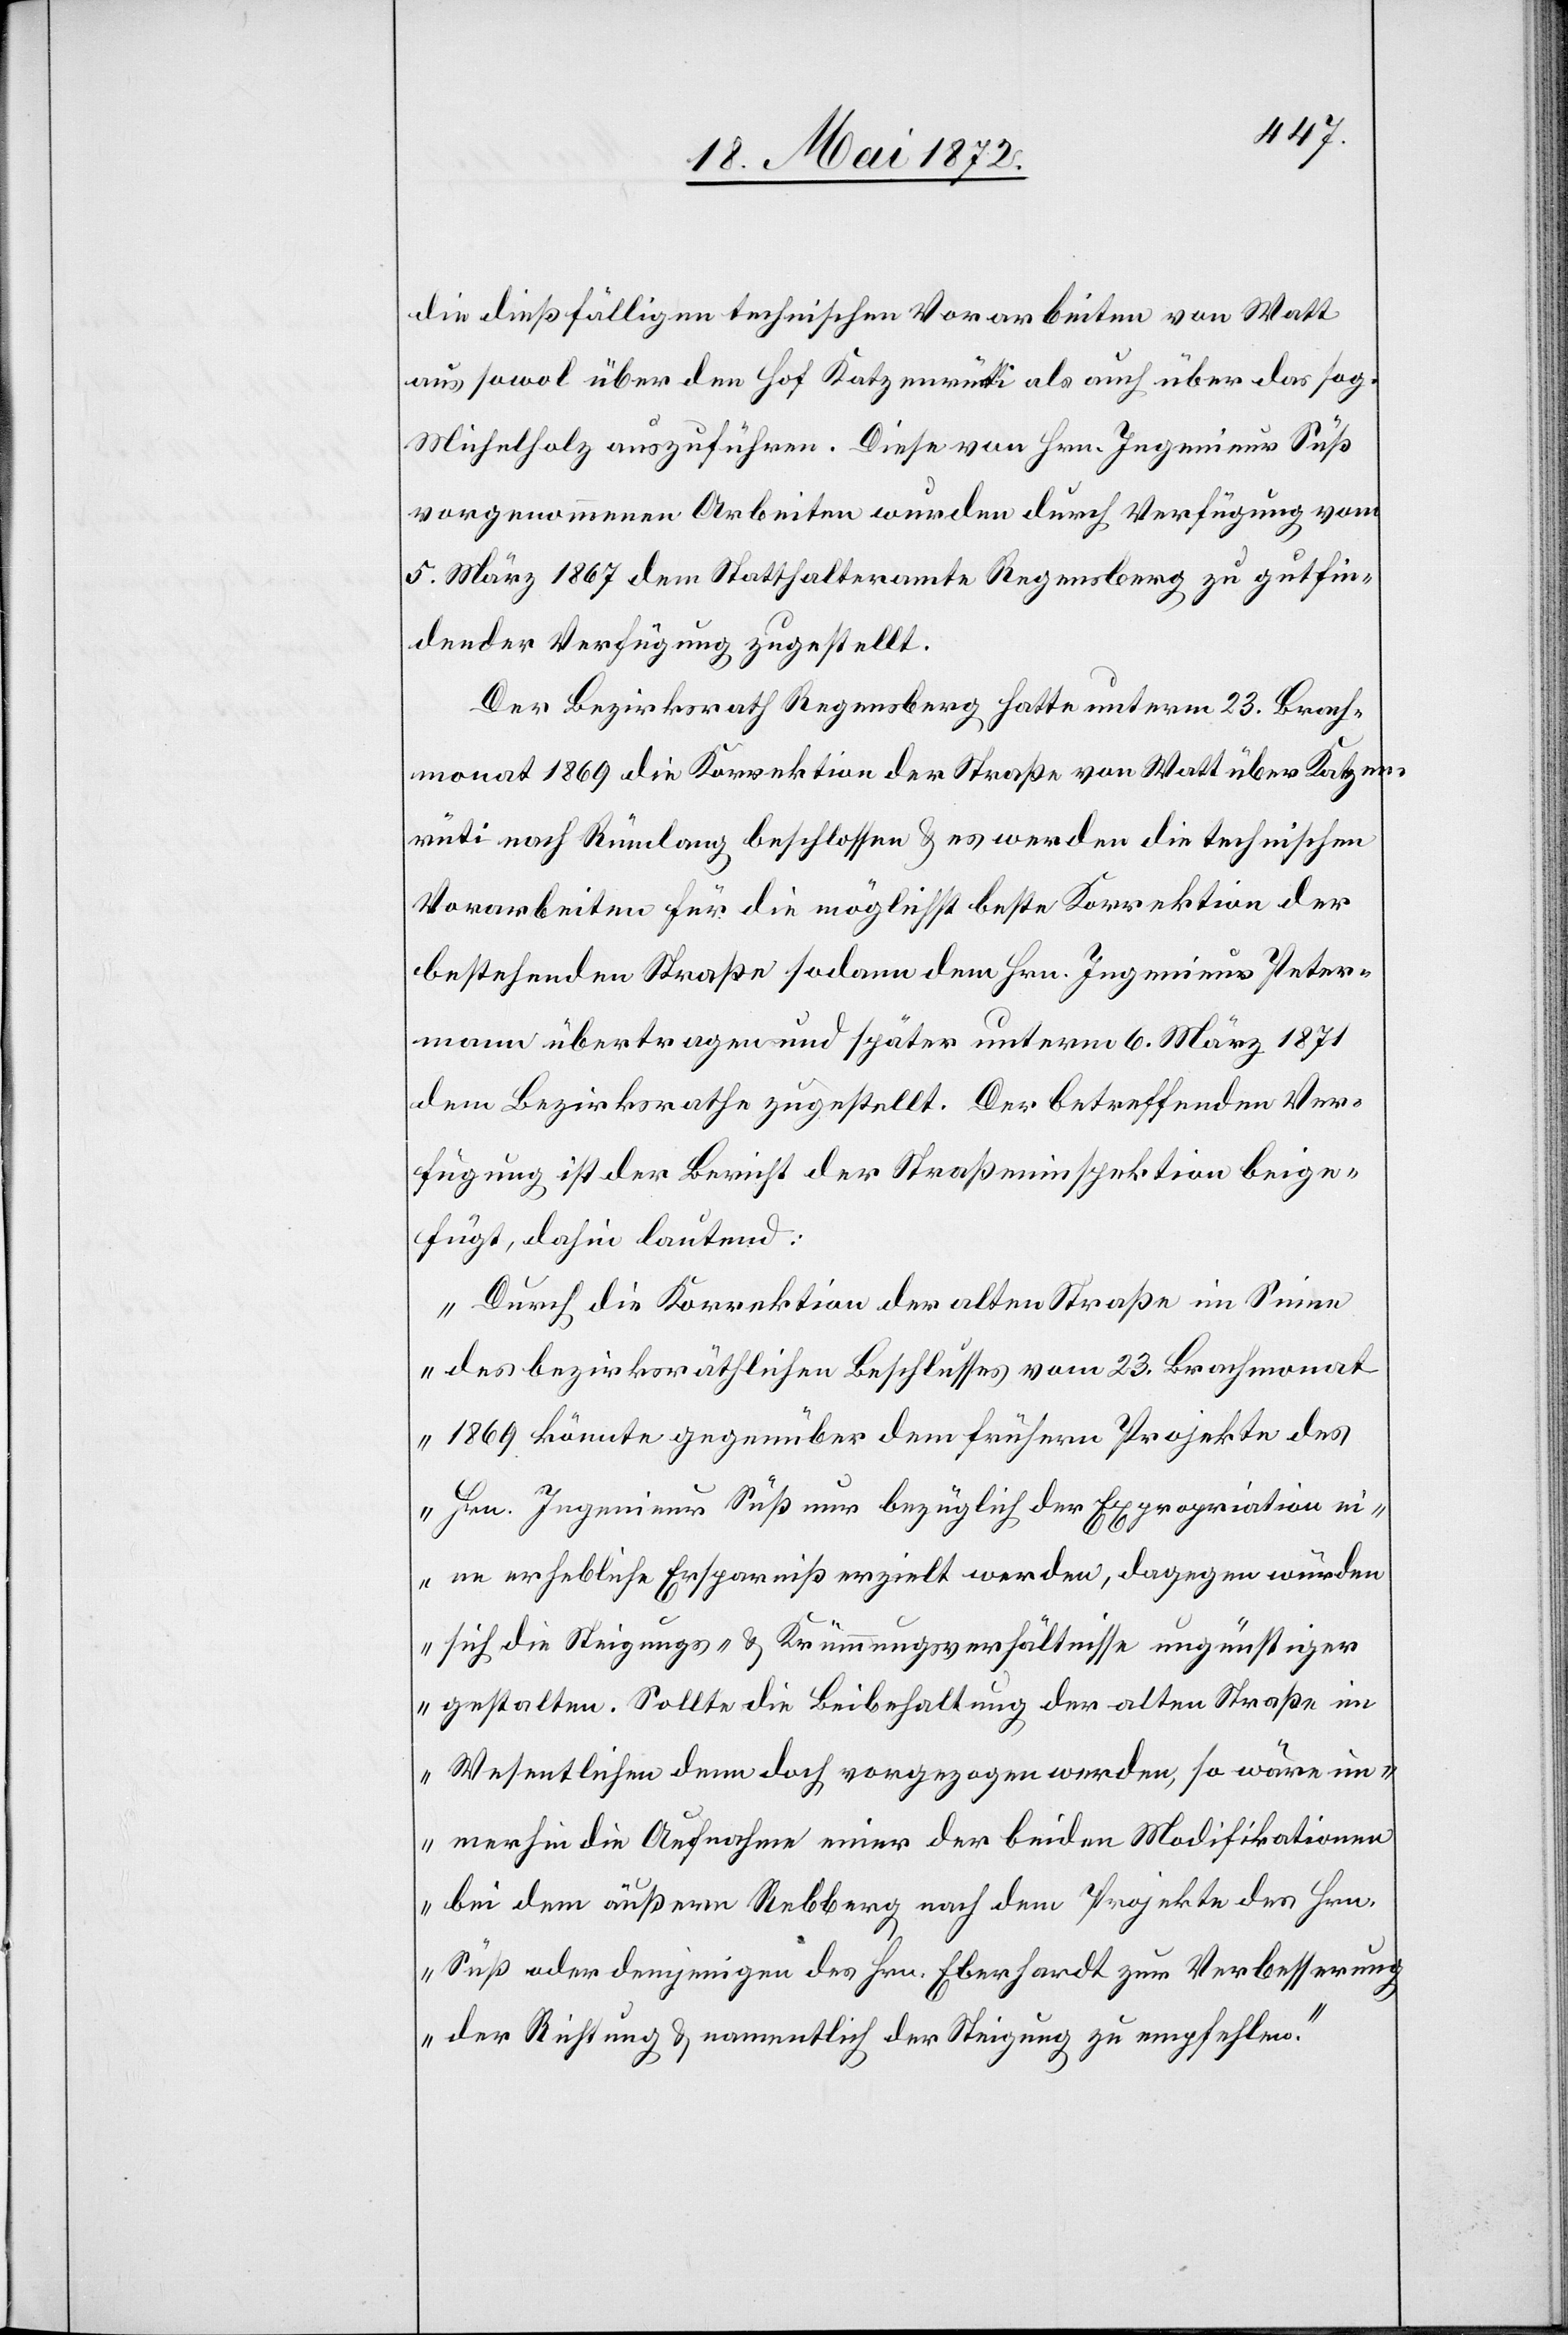
die dießfälligen technischen Vorarbeiten von Watt
aus sowol über den Hof Katzenrüti als auch über das sog.
Michelholz auszuführen. Diese von Hrn. Ingenieur Süß
vorgenommenen Arbeiten wurden durch Verfügung vom
5. März 1867 dem Statthalteramte Regensberg zu gutfin¬
dender Verfügung zugestellt.
Der Bezirksrath Regensberg hatte unterm 23. Brach¬
monat 1869 die Korrektion der Straße von Watt über Katzen¬
rüti nach Rümlang beschlossen u. es werden die technischen
Vorarbeiten für die möglichst beste Korrektion der
bestehenden Straße sodann dem Hrn. Ingenieur Peter¬
mann übertragen und später unterm 6. März 1871
dem Bezirksrathe zugestellt. Der betreffenden Ver¬
fügung ist der Bericht der Straßeninspektion beige¬
fügt, dahin lautend:
„Durch die Korrektion der alten Straße im Sinne
des bezirksräthlichen Beschlusses vom 23. Brachmonat
1869 könnte gegenüber dem frühern Projekte des
Hrn. Ingenieur Süß nur bezüglich der Expropriation ei¬
ne erhebliche Ersparniß erzielt werden, dagegen würden
sich die Steigungs- u. Krümmungsverhältnisse ungünstiger
gestalten. Sollte die Beibehaltung der alten Straße im
Wesentlichen denn doch vorgezogen werden, so wäre im¬
merhin die Aufnahme einer der beiden Modifikationen
bei dem äußern Rebberg nach dem Projekte des Hrn.
Süß oder demjenigen des Hrn. Eberhardt zur Verbesserung
der Richtung u. namentlich der Steigung zu empfehlen.“